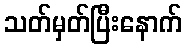
သတ်မှတ်ပြီးနောက်